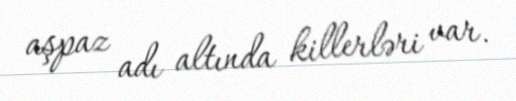
aşpaz adı altında killerləri var.